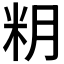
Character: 𱸶